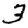
Digit: 3